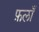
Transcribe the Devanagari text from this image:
फ़लाँ